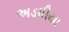
અડધીયા